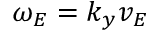
\omega _ { E } = k _ { y } v _ { E }